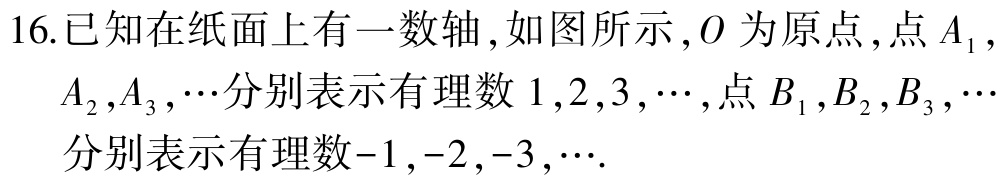
16.已知在纸面上有一数轴,如图所示,\(O\)为原点,点\(A_{1}\),

\(A_{2},A_{3},\cdots\)分别表示有理数\(1,2,3,\cdots\),点\(B_{1},B_{2},B_{3},\cdots\)

分别表示有理数\(-1,-2,-3,\cdots\).